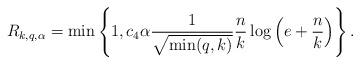
LaTeX: \begin{align*}R_{k,q,\alpha } = \min \left\{ 1, c_4\alpha\frac{1}{\sqrt{\min(q,k)}} \frac{n}{k} \log\left( e+ \frac{n}{k}\right) \right\}.\end{align*}